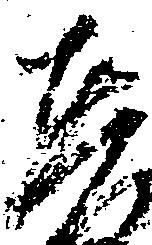
在